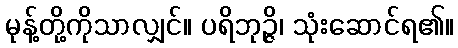
မုန့်တို့ကိုသာလျှင်။ ပရိဘုဉ္ဇိ၊ သုံးဆောင်ရ၏။